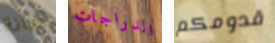
ديانة الدراجات قدومكم